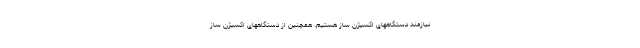
نیازمند دستگاههای اکسیژن ساز هستیم. همچنین از دستگاههای اکسیژن ساز